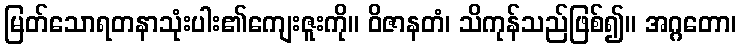
မြတ်သောရတနာသုံးပါး၏ကျေးဇူးကို။ ဝိဇာနတံ၊ သိကုန်သည်ဖြစ်၍။ အဂ္ဂတော၊